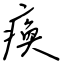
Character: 瘓